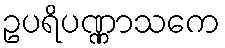
ဥပရိပဏ္ဏာသကေ